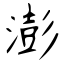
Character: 澎